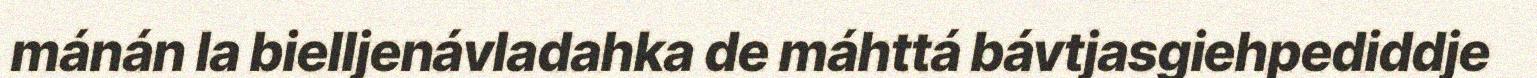
mánán la bielljenávladahka de máhttá bávtjasgiehpediddje